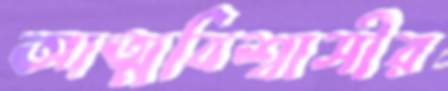
আত্মবিশ্বাসীর